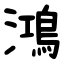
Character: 鴻